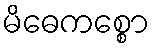
မိဓေကစ္စော